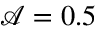
\mathbf { \mathcal { A } } = 0 . 5